system: You are a helpful assistant.
user:
Analyze the provided spectrum to determine if it is a **M-type Giant (gM)**.

A M-type Giant spectrum is defined by its **strong molecular absorption** features, particularly from **Titanium Oxide (TiO)**. You must check for one of the following mutually exclusive signatures:

- **Key Visual Indicators (Absorption-Dominated Spectrum):**

    - **(Primary):** The spectrum is dominated by strong molecular absorption from **Titanium Oxide (TiO)**. This is the **defining feature** of its M-type temperature class.
        - **(Key Bandheads):** Look for sharp, "saw-tooth" absorption valleys. The strongest are located near **~7050 Å**, **~6160 Å**, and **~5170 Å**.
        - **(Line Profile):** The "saw-tooth" morphology is critical: a **sharp, steep drop on the BLUE (short-wavelength) side** of the bandhead, followed by a gradual recovery (rising flux) towards the RED (long-wavelength) side.

    - **(Key Confirmation - Giant vs. Dwarf):** **ABSENCE** of strong **Calcium Hydride (CaH)** molecular bands. This is the primary diagnostic for *excluding* M-dwarfs.
        - **(Key Region):** The spectrum should lack the strong, broad absorption band seen in dwarfs between **~6800 Å and ~7000 Å**.

    - **(Secondary Confirmation - Giant):** A very strong and broad **Neutral Calcium (Ca I)** atomic absorption line.
        - **(Key Line):** Located at **~4226 Å**. In a giant (gM), this line is significantly deeper and broader than the same line in an M-dwarf (dM) due to low surface gravity.

    - **(Overall Spectrum):**
        - The continuum is **extremely red-sloping** (i.e., flux is very low in the blue and rises dramatically towards the red).
        - The entire spectrum appears "chopped up" by the deep TiO bands.

Think first, call **spectral_visualization_tool** if needed to examine features in detail, then provide your final answer. Your response must adhere to the following strict rules:
1.  **Overall Structure:** Your response must follow the format `<think>...</think> <tool_call>...</tool_call> (if a tool is used) <answer>...</answer>`.
2.  **Tool Usage Constraint:** You may only make **one** tool call per turn.
3.  **Final Answer Format:** In the `<answer>` tag, your conclusion must be inside a `\boxed{}` command (e.g., `\boxed{YES}` or `\boxed{NO}`), followed by your justification.

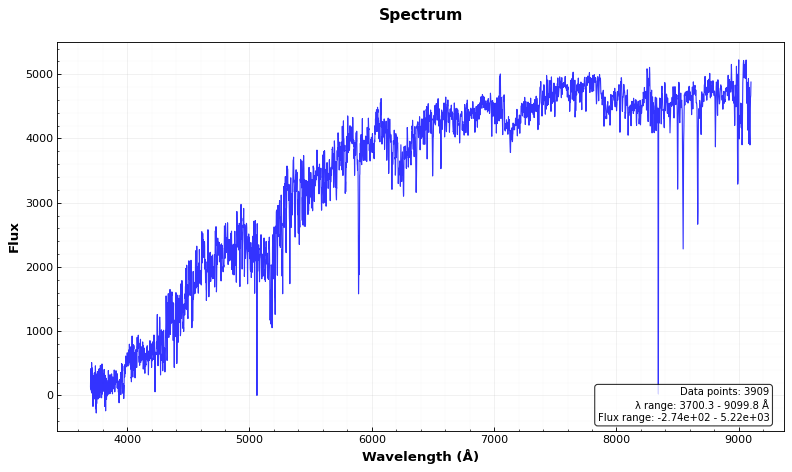
Answer: NO